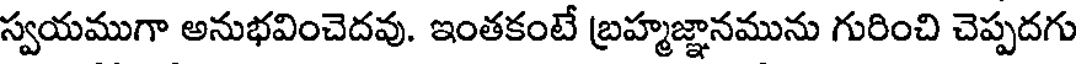
స్వయముగా అనుభవించెదవు. ఇంతకంటే బ్రహ్మజ్ఞానమును గురించి చెప్పదగు